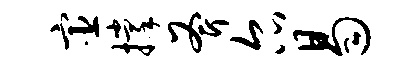
宦撑斧尔曷